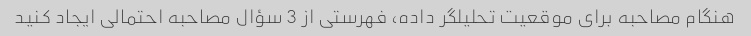
هنگام مصاحبه برای موقعیت تحلیلگر داده، فهرستی از 3 سؤال مصاحبه احتمالی ایجاد کنید